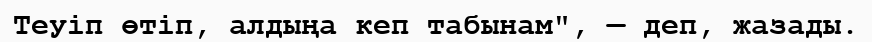
Теуіп өтіп, алдыңа кеп табынам", — деп, жазады.